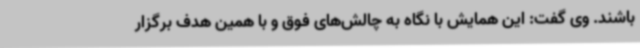
باشند. وی گفت: این همایش با نگاه به چالش‌های فوق و با همین هدف برگزار